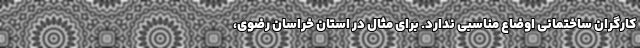
کارگران ساختمانی اوضاع مناسبی ندارد. برای مثال در استان خراسان رضوی،